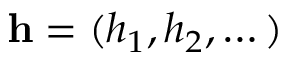
\mathbf { h } = ( h _ { 1 } , h _ { 2 } , \dots )